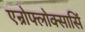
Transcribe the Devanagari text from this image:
एन्रोफ्लोक्सासिं